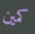
كمين